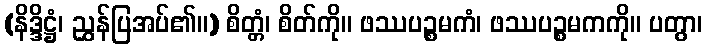
(နိဒ္ဒိဋ္ဌံ၊ ညွှန်ပြအပ်၏။) စိတ္တံ၊ စိတ်ကို။ ဖဿပဉ္စမကံ၊ ဖဿပဉ္စမကကို။ ပတွာ၊